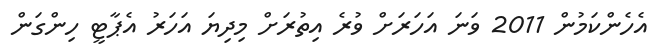
އެހެންކަމުން 2011 ވަނަ އަހަރަށް ވުރެ އިތުރަށް މިދިޔަ އަހަރު އެޕާޓީ ހިންގަން